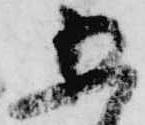
五